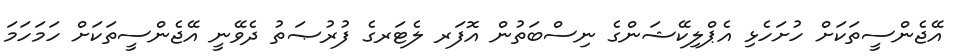
އޭޖެންސީތަކަށް ހުށަހެޅި އެޕްލިކޭޝަންގެ ނިސްބަތުން އޮފަރ ލެޓަރގެ ފުރުޞަތު ދެވޭނީ އޭޖެންސީތަކަށް ހަމަހަމަ